Senior Leaving Certificate Examination (including Day School Certificate (Higher) General paper), 1949
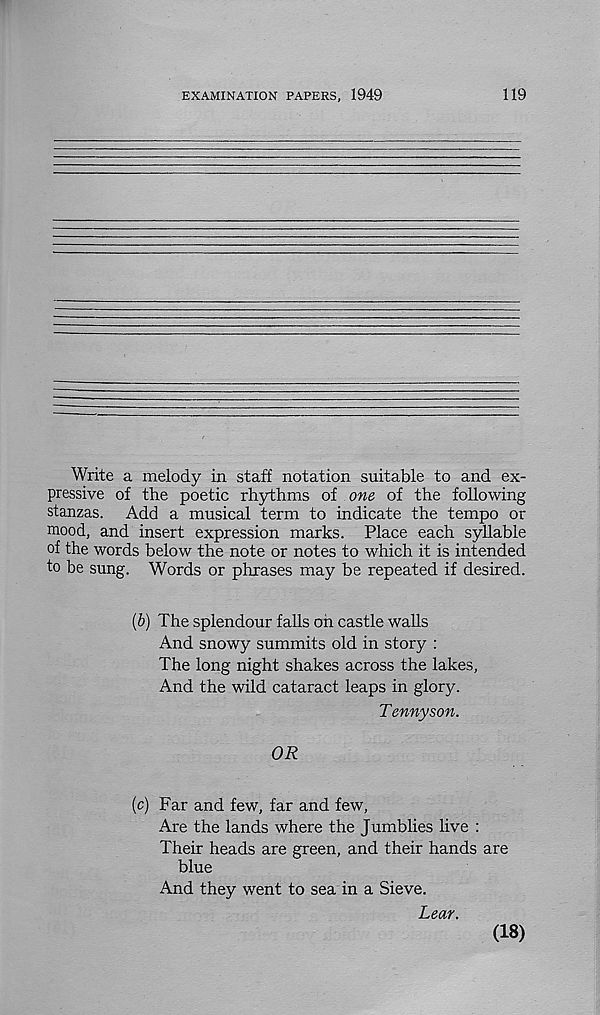
EXAMINATION PAPERS, 1949
119
Write a melody in staff notation suitable to and ex-
pressive of the poetic rhythms of one of the following
stanzas. Add a musical term to indicate the tempo or
mood, and insert expression marks. Place each syllable
of the words below the note or notes to which it is intended
to be sung. Words or phrases may be repeated if desired.
(b) The splendour falls oh castle walls
And snowy summits old in story :
The long night shakes across the lakes,
And the wild cataract leaps in glory.
Tennyson.
OR
(c) Far and few, far and few,
Are the lands where the Jumblies live :
Their heads are green, and their hands are
blue
And they went to sea in a Sieve.
Lear.